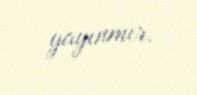
yayınmır.